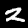
Digit: 2